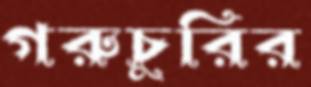
গরুচুরির